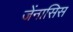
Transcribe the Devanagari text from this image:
जेंनासिस